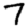
Digit: 7